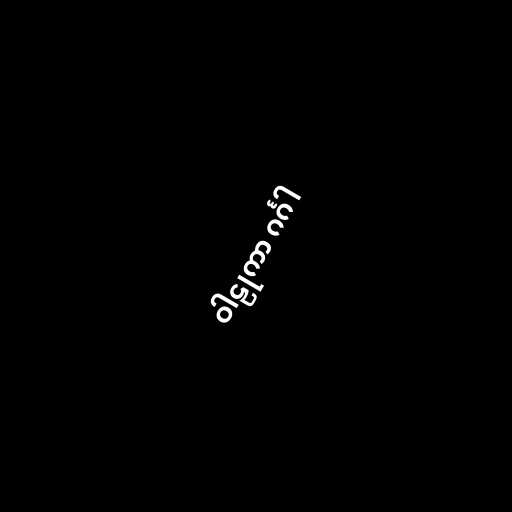
ဝါဠုကာ ဂင်္ဂါ